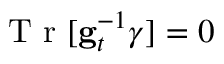
\mathrm { ~ T ~ r ~ } [ { \bf g } _ { t } ^ { - 1 } \boldsymbol { \gamma } ] = 0